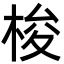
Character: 梭